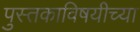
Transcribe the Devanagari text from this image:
पुस्तकाविषयीच्या